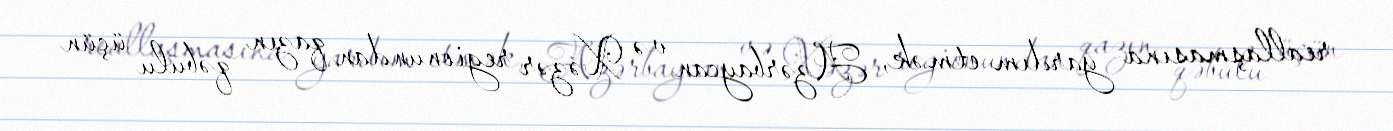
reallaşmasına yardım etmək, Azərbaycan və Xəzər regionundan qazın qəbulu üçün